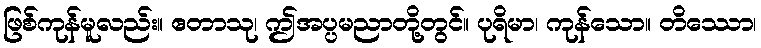
ဖြစ်ကုန်မူလည်း။ ဧတာသု၊ ဤအပ္ပမညာတို့တွင်။ ပုရိမာ၊ ကုန်သော။ တိဿော၊